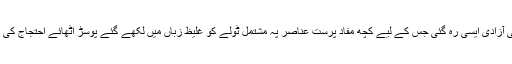
تو پھر کون سی آزادی ایسی رہ گئی جس کے لیے کچھ مفاد پرست عناصر پہ مشتمل ٹولے کو غلیظ زباں میں لکھے گئے پوسڑ اُٹھائے احتجاج کی نوبت پیش آئی۔